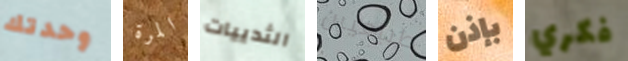
وحدتك المرة الثدييات طبيعيين بإذن فكري